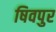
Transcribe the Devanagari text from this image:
षिवपुर